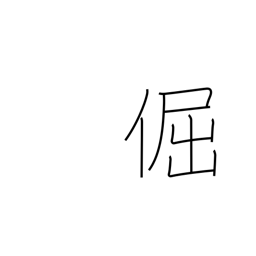
Meaning: stubborn